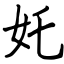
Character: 奼